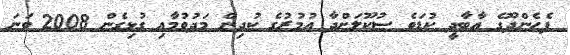
ފެހެންދޫގެ އާބާދީ ކުޑަވެ ސުކޫލަށްދާ އުމުރުގެ ކުދިން މަދުވުމާއި ގުޅިގެން 2008 ވަނަ